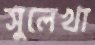
সুলেখা